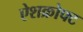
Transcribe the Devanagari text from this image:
ऐशक्रोफ्ट